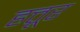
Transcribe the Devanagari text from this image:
हत्तूर